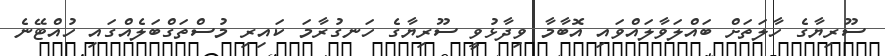
ސޫރިޔާގެ ހާލަތަށް ބައްލަވާލައްވައި އޮބާމާ ވިދާޅުވީ ސޫރިޔާގެ ހަނގުރާމަ ކައިރި މުސްތަގްބަލެއްގައި ހުއްޓޭނެ